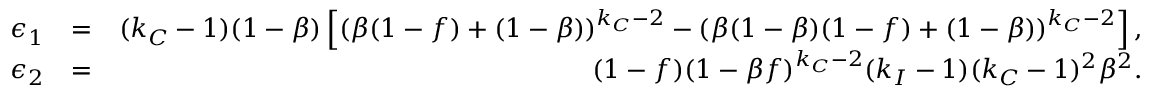
\begin{array} { r l r } { \epsilon _ { 1 } } & { = } & { ( k _ { C } - 1 ) ( 1 - \beta ) \left[ ( \beta ( 1 - f ) + ( 1 - \beta ) ) ^ { k _ { C } - 2 } - ( \beta ( 1 - \beta ) ( 1 - f ) + ( 1 - \beta ) ) ^ { k _ { C } - 2 } \right] , } \\ { \epsilon _ { 2 } } & { = } & { ( 1 - f ) ( 1 - \beta f ) ^ { k _ { C } - 2 } ( k _ { I } - 1 ) ( k _ { C } - 1 ) ^ { 2 } \beta ^ { 2 } . } \end{array}